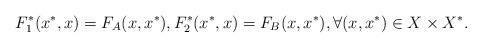
LaTeX: \begin{align*}F_1^*(x^*,x)=F_{A}(x,x^*),F_2^*(x^*,x)=F_{B}(x,x^*),\forall(x,x^*)\in X\times X^*.\end{align*}